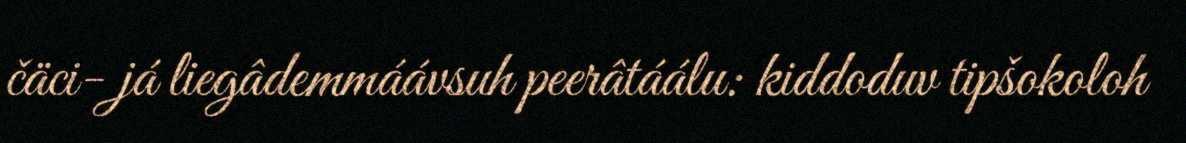
čäci- já liegâdemmáávsuh peerâtáálu: kiddoduv tipšokoloh